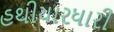
હથીયારધારી